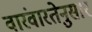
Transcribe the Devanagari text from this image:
वारंवारतेनुसार